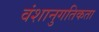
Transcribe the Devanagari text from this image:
वंशानुगतिकता